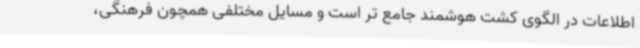
اطلاعات در الگوی کشت هوشمند جامع تر است و مسایل مختلفی همچون فرهنگی،